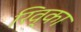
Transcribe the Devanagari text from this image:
रिव्का